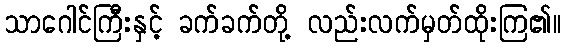
သာဂေါင်ကြီးနှင့် ခက်ခက်တို့ လည်းလက်မှတ်ထိုးကြ၏။